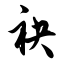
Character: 袂